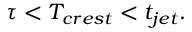
\tau < T _ { c r e s t } < t _ { j e t } .